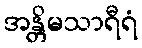
အန္တိမသာရီရံ